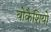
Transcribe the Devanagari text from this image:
बोकैशियो